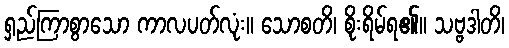
ရှည်ကြာစွာသော ကာလပတ်လုံး။ သောစတိ၊ စိုးရိမ်ရ၏။ သဗ္ဗဒါတိ၊